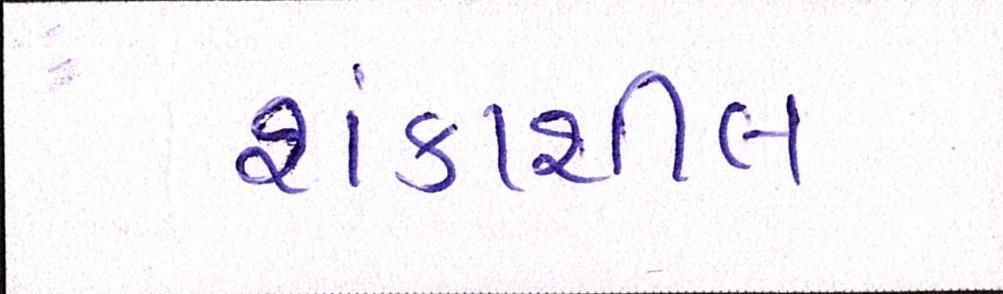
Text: શંકાશીલ